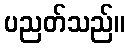
ပညတ်သည်။